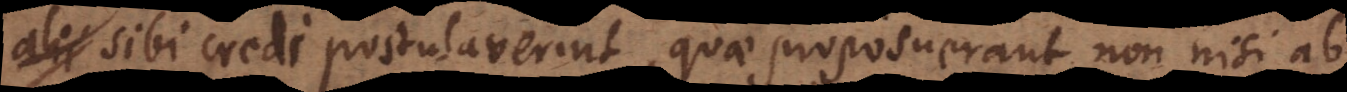
sibi credi postulaverint, quae proposuerant non nisi ab